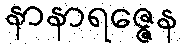
နာနာရဇ္ဇေန